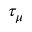
\tau _ { \mu }